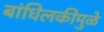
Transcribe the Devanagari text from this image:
बांधिलकीमुळे